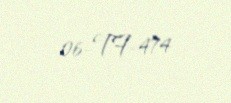
06-TF-474